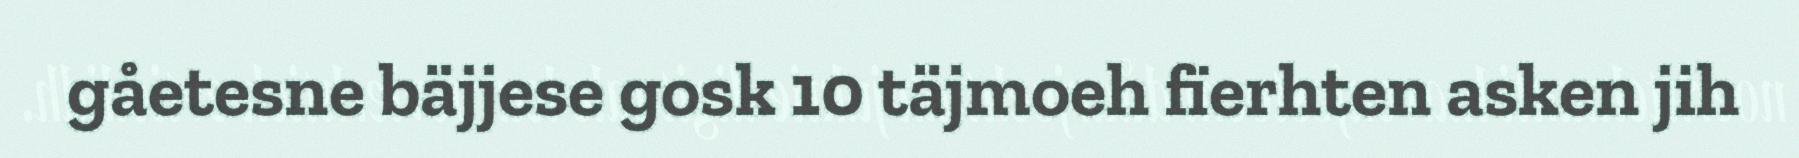
gåetesne bäjjese gosk 10 täjmoeh fïerhten asken jih